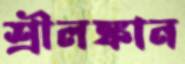
শ্রীলঙ্কান